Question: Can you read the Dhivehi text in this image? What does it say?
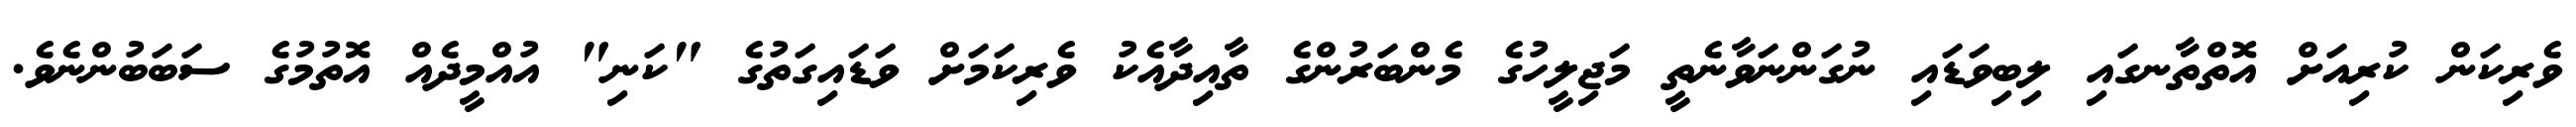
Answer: ވެރިކަން ކުރިއަށް އޮތްތާނގައި ލިބިވަޑައި ނުގަންނަވާނެތީ މަޖިލީހުގެ މެންބަރުންގެ ތާއިދާއެކު ވެރިކަމަށް ވަޑައިގަތުގެ "ކަނި" އުއްމީދެއް އޮތުމުގެ ސަބަބުންނެވެ.